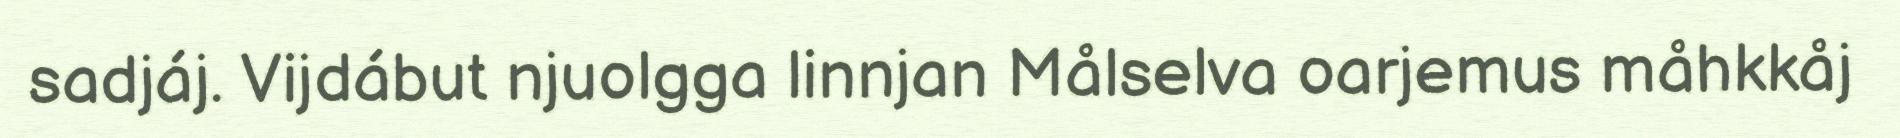
sadjáj. Vijdábut njuolgga linnjan Målselva oarjemus måhkkåj